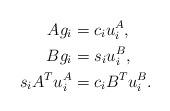
LaTeX: \begin{align*}A g_i &= c_i u_i^A, \\B g_i &= s_i u_i^B, \\s_i A^T u_i^A &= c_i B^T u_i^B. \end{align*}